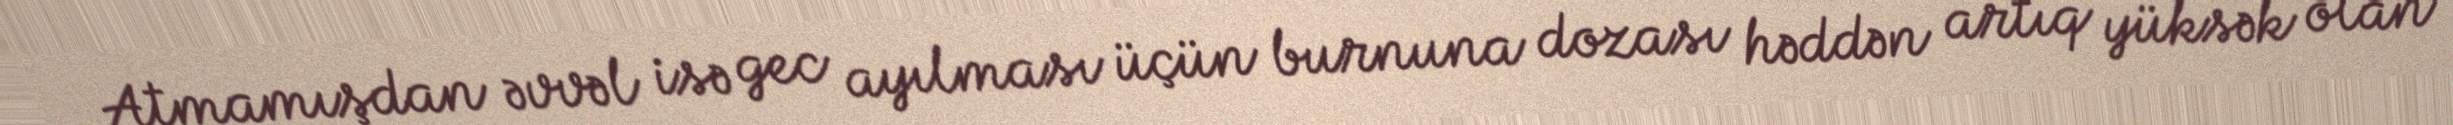
Atmamışdan əvvəl isə gec ayılması üçün burnuna dozası həddən artıq yüksək olan